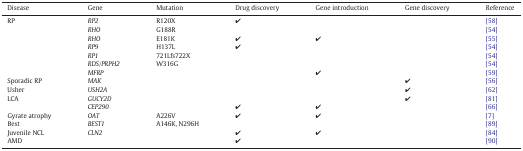
| Disease | Gene | Mutation | Drug discovery | Gene introduction | Gene discovery | Reference |
 | --- | --- | --- | --- | --- | --- | --- |
 | <ROWSPAN=7> RP | RP2 | R120X | ✔ |  |  | [58] |
 | RHO | G188R |  |  |  | [54] |
 | RHO | E181K | ✔ | ✔ |  | [55] |
 | RP9 | H137L | ✔ |  |  | [54] |
 | RP1 | 721Lfs722X |  |  |  | [54] |
 | RDS/PRPH2 | W316G |  |  |  | [54] |
 | MFRP |  |  | ✔ |  | [59] |
 | Sporadic RP | MAK |  |  |  | ✔ | [56] |
 | Usher | USH2A |  |  |  | ✔ | [62] |
 | LCA | GUCY2D |  |  |  | ✔ | [81] |
 |  | CEP290 |  | ✔ | ✔ |  | [66] |
 | Gyrate atrophy | OAT | A226V | ✔ | ✔ |  | [7] |
 | Best | BEST1 | A146K, N296H |  |  |  | [89] |
 | Juvenile NCL | CLN2 |  | ✔ | ✔ |  | [84] |
 | AMD |  |  | ✔ |  |  | [90] |